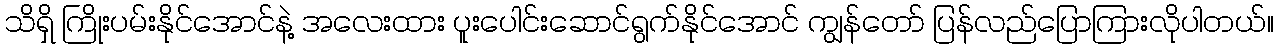
သိရှိ ကြိုးပမ်းနိုင်အောင်နဲ့ အလေးထား ပူးပေါင်းဆောင်ရွက်နိုင်အောင် ကျွန်တော် ပြန်လည်ပြောကြားလိုပါတယ်။